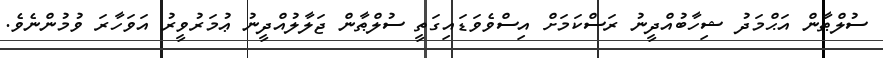
ސުލްޠާން އަޙްމަދު ޝިހާބުއްދީނު ރަސްކަމަށް އިސްވެވަޑައިގަތީ ސުލްޠާން ޖަލާލުއްދީނު ޢުމަރުވީރު އަވަހާރަ ވުމުންނެވެ.